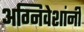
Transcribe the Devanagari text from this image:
अग्निवेशांनी